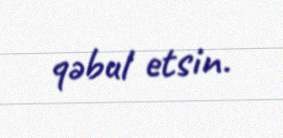
qəbul etsin.